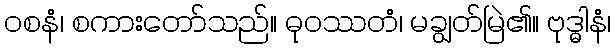
ဝစနံ၊ စကားတော်သည်။ ဓုဝဿတံ၊ မချွတ်မြဲ၏။ ဗုဒ္ဓါနံ၊